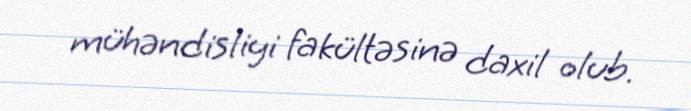
mühəndisliyi fakültəsinə daxil olub.